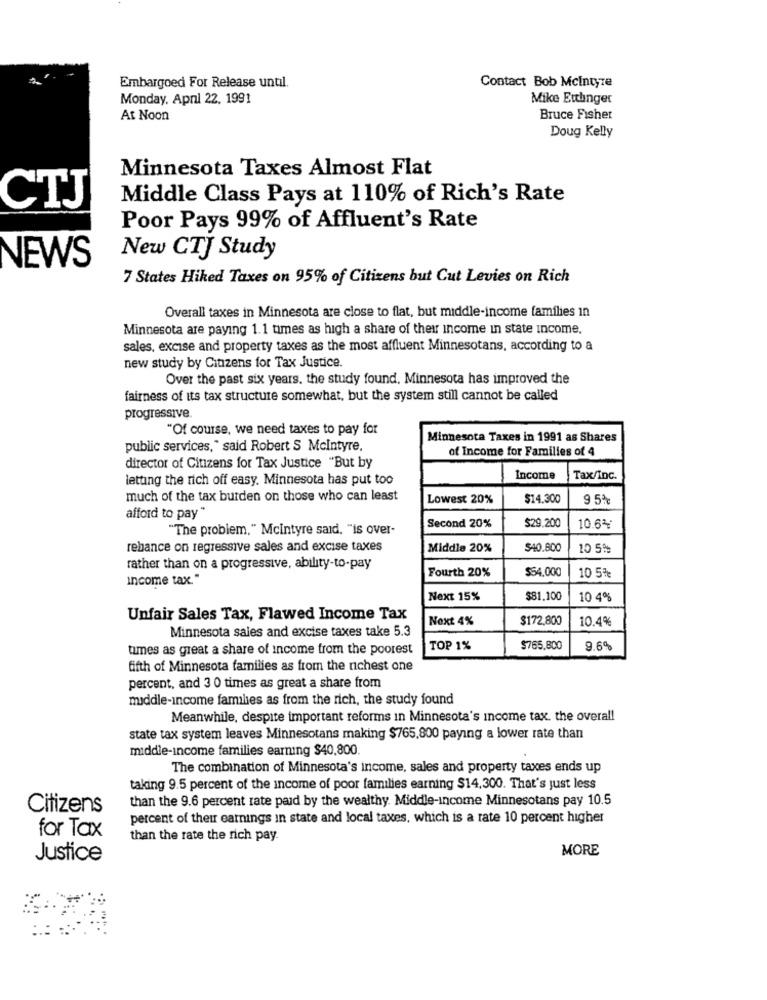
Embargoed For Release until
Contact Bob Mcintyre
Monday, April 22. 1991
Mike Ettlinger
At Noon
Bruce Fisher
Doug Kelly
Minnesota Taxes Almost Flat
Middle Class Pays at 110% of Rich's Rate
CTJ
Poor Pays 99% of Affluent's Rate
NEWS
New CTJ Study
7 States Hiked Taxes on 95% of Citizens but Cut Levies on Rich
Overall taxes in Minnesota are close to flat, but middle-income families in
Minnesota are paying 1.1 times as high a share of their income in state income.
sales, excise and property taxes as the most affluent Minnesotans, according to a
new study by Citizens for Tax Justice.
Over the past six years. the study found. Minnesota has improved the
fairness of its tax structure somewhat, but the system still cannot be called
progressive
"Of course, we need taxes to pay for
Minnesota Taxes in 1991 as Shares
public services," said Robert S Mcintyre.
of Income for Families of 4
director of Citizens for Tax Justice "But by
letting the rich off easy. Minnesota has put too
Income
Tax/Inc.
much of the tax burden on those who can least
Lowest 20%
$14.300
9 5%
afford to pay"
"The problem," Mcintyre said, "is over-
Second 20%
$29.200
10.6%
rebance on regressive sales and excise taxes
Middle 20%
$40.600
10 5%
rather than on a progressive, ability-to-pay
Fourth 20%
$54.000
Income tax."
10 5%
Next 15%
$81,100
10 4%
Unfair Sales Tax, Flawed Income Tax
Next 4%
$172,800
10.4%
Minnesota sales and excise taxes take 5.3
times as great a share of income from the poorest
TOP 1%
$765.800
9.6%
fifth of Minnesota families as from the richest one
percent, and 3 0 times as great a share from
middle-income families as from the rich, the study found
Meanwhile, despite important reforms in Minnesota's income tax. the overall
state tax system leaves Minnesotans making $765,800 paying a lower rate than
middle-income families earning $40,800.
The combination of Minnesota's income, sales and property taxes ends up
taking 9.5 percent of the income of poor families earning $14,300. That's just less
than the 9.6 percent rate paid by the wealthy. Middle-income Minnesotans pay 10.5
Citizens
percent of their earnings in state and local taxes, which is a rate 10 percent higher
for Tax
than the rate the rich pay.
MORE
Justice